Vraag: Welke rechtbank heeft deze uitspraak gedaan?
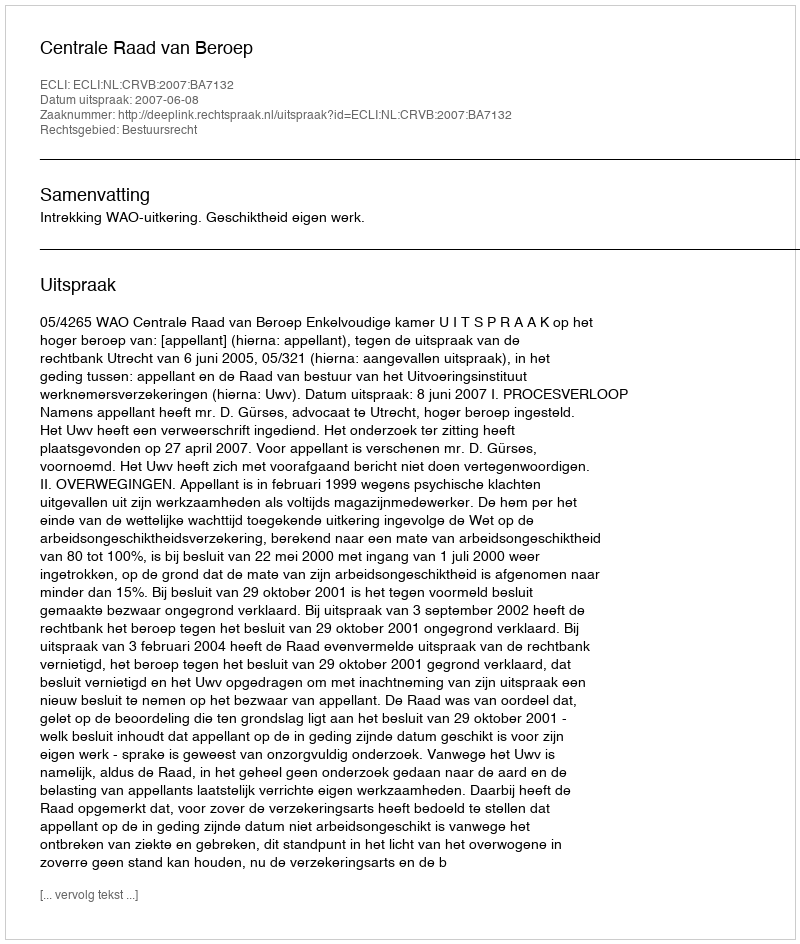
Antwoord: Centrale Raad van Beroep